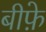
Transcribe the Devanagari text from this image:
बीफ़े